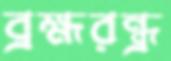
ব্রহ্মরন্ধ্র